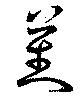
蕃